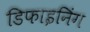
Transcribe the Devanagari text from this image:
डिफाइनिंग